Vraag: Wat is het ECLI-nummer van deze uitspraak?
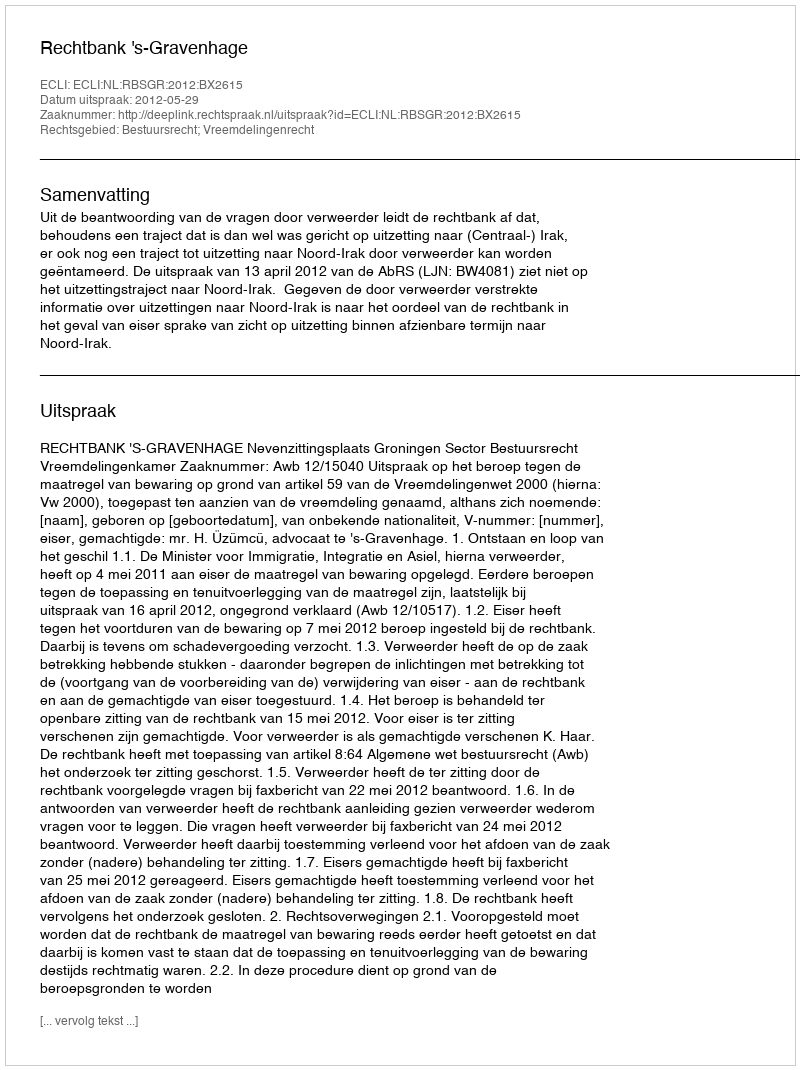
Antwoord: ECLI:NL:RBSGR:2012:BX2615